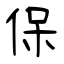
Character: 保